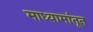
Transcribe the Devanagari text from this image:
माध्यामांतून